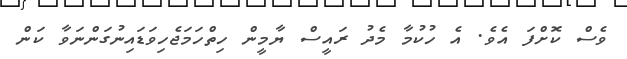
ވެސް ކޮށްފަ އެވެ. އެ ހުކުމާ މެދު ރައީސް ޔާމީން ހިތްހަމަޖެހިވަޑައިނުގަންނަވާ ކަން